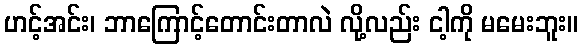
ဟင့်အင်း၊ ဘာကြောင့်တောင်းတာလဲ လို့လည်း ငါ့ကို မမေးဘူး။